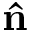
\textbf { \^ n }